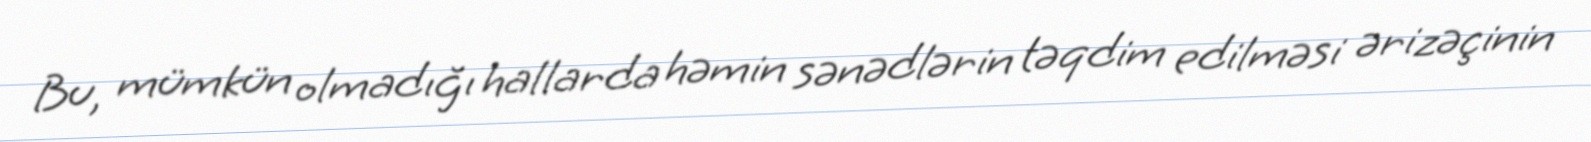
Bu, mümkün olmadığı hallarda həmin sənədlərin təqdim edilməsi ərizəçinin